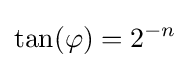
\tan(\varphi )=2^{-n}